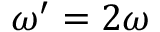
\omega ^ { \prime } = 2 \omega